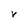
Character: V